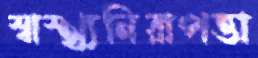
স্বাস্থ্যনিরাপত্তা